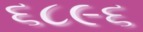
૬૮૯૬